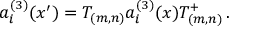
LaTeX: a _ { i } ^ { ( 3 ) } ( x { ' } ) = T _ { ( m , n ) } a _ { i } ^ { ( 3 ) } ( x ) T _ { ( m , n ) } ^ { + } \, .